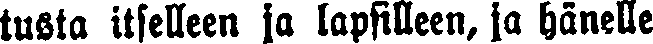
tusta itselleen ja lapsilleen, ja hänelle